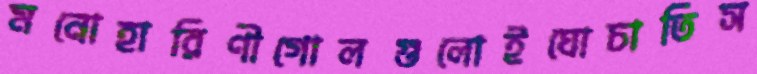
মনোহারিণীগোলগুলোইঘোচাতিস